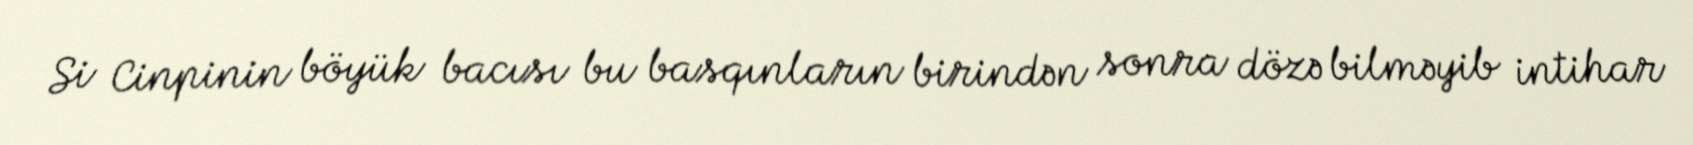
Si Cinpinin böyük bacısı bu basqınların birindən sonra dözə bilməyib intihar